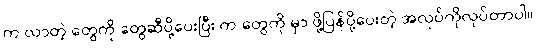
က လာတဲ့ တွေကို တွေဆီပို့ပေးပြီး က တွေကို မှာ ဖို့ပြန်ပို့ပေးတဲ့ အလုပ်ကိုလုပ်တာပါ။